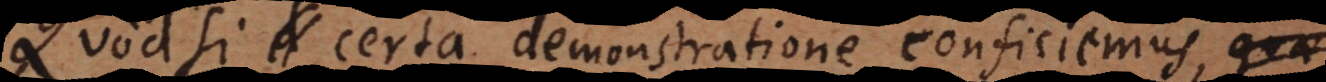
Quod si d certa demonstratione conficiemus,